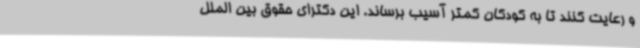
و رعایت کنند تا به کودکان کمتر آسیب برساند. این دکترای حقوق بین الملل